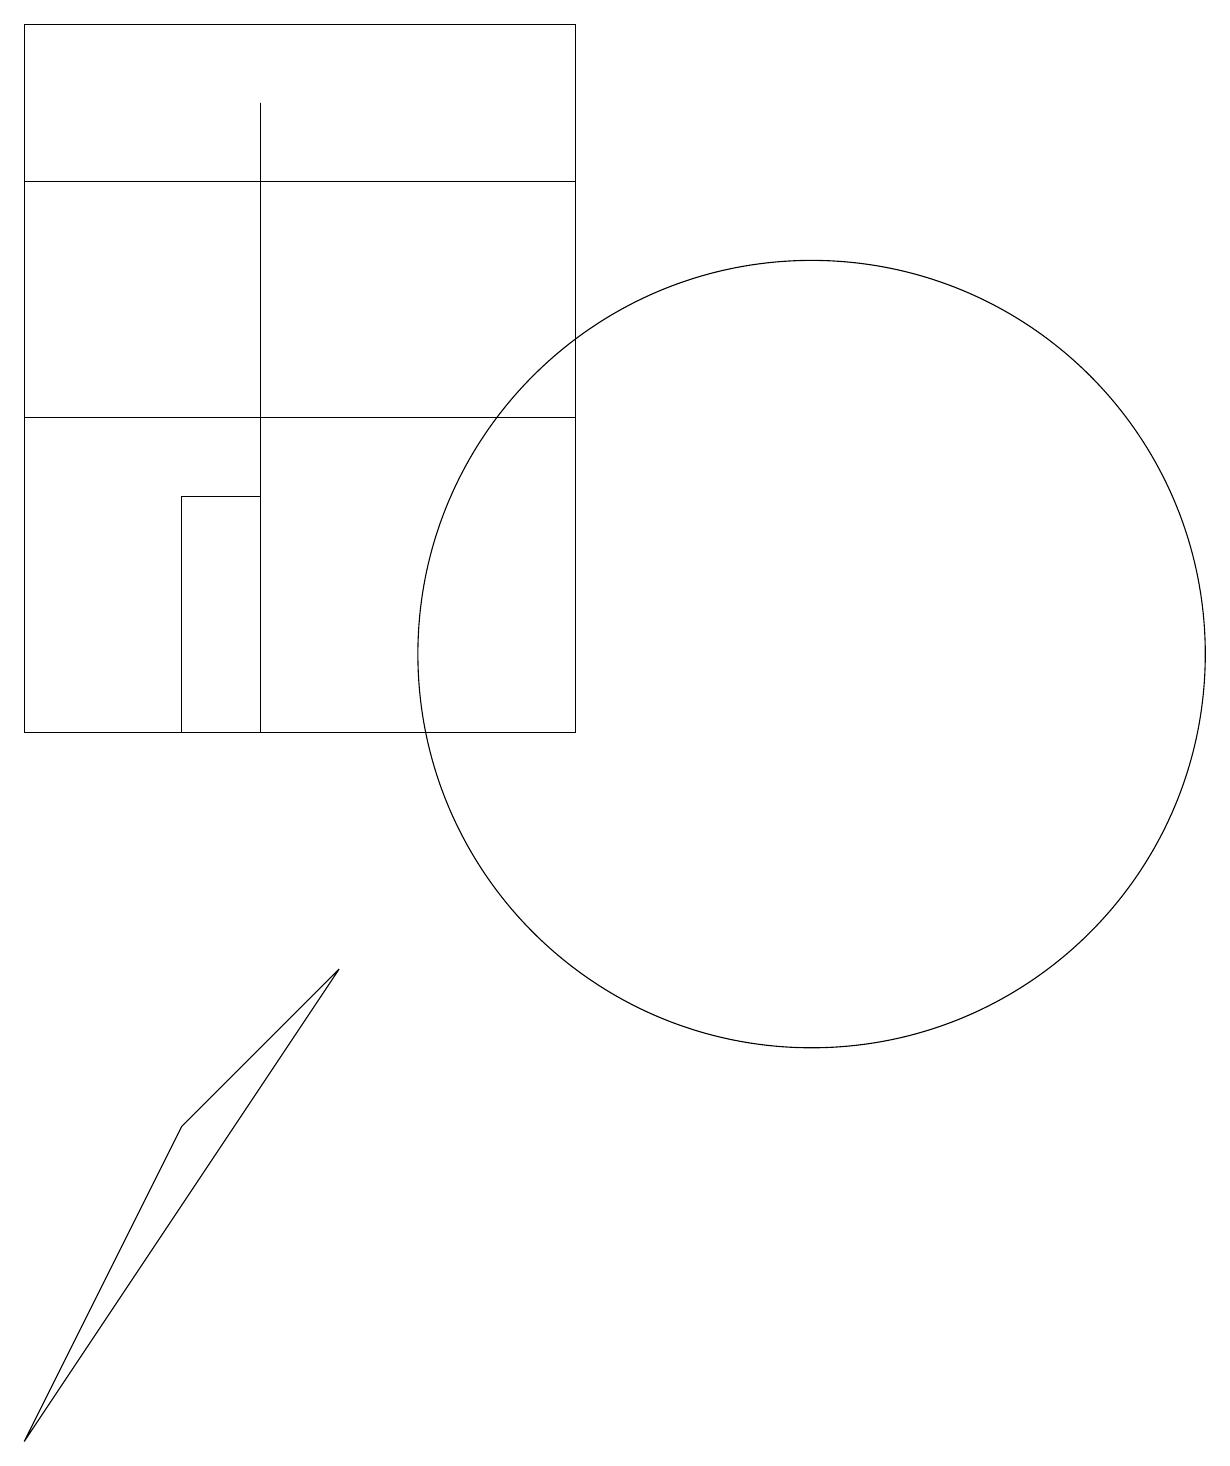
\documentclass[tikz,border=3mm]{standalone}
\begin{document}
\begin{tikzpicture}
\draw (2,5) -- (0,1) -- (4,7) -- cycle;
\draw (0,16) rectangle (0,10);
\draw (0,19) rectangle (7,14);
\draw (7,17) rectangle (0,10);
\draw (2,13) rectangle (3,10);
\draw (10,11) circle (5);
\draw (3,10) rectangle (3,18);
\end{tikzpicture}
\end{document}